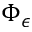
\Phi _ { \epsilon }